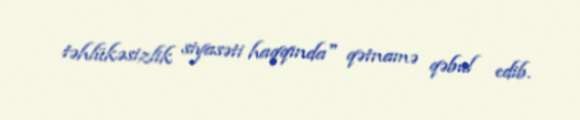
təhlükəsizlik siyasəti haqqında" qətnamə qəbul edib.